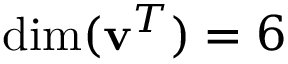
\mathrm { d i m } ( \mathbf { v } ^ { T } ) = 6